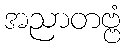
အညာတဗ္ဗံ